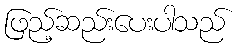
ဖြည့်ဆည်းပေးပါသည်